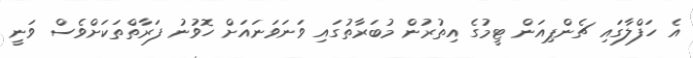
އެ ހަފްލާގައި ޗެންޕިއަން ޓީމުގެ އިތުރުން މުބަރާތުގައި ވަނަވަނައަށް ހޮވުނު ފަރާތްތަކަށްވެސް ވަނީ